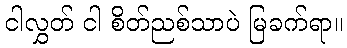
ငါလွှတ် ငါ စိတ်ညစ်သာပဲ မြခက်ရာ။